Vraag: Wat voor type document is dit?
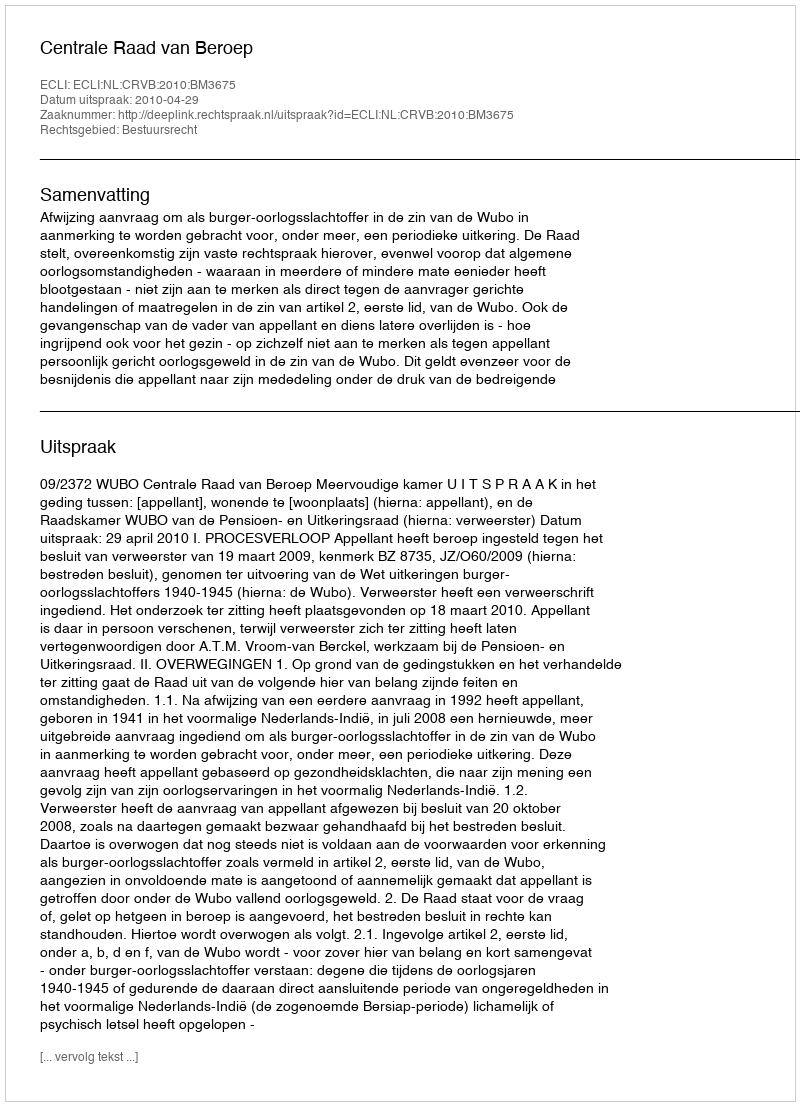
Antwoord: Uitspraak